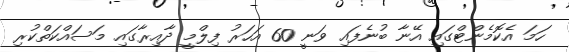
ހަމަ އެކޮމެންޓްގައި އޭނާ ބުނެފައި ވަނީ 60 އަހަރު ފިލްމީ ދާއިރާގައި މަސައްކަތްކުރި